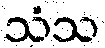
သံသ